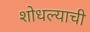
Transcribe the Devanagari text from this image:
शोधल्याची